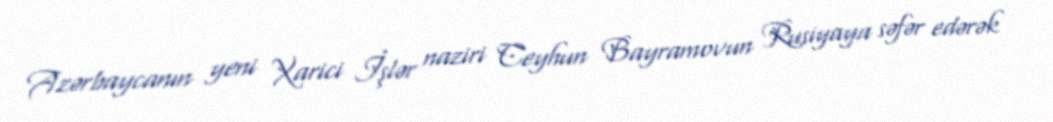
Azərbaycanın yeni Xarici İşlər naziri Ceyhun Bayramovun Rusiyaya səfər edərək